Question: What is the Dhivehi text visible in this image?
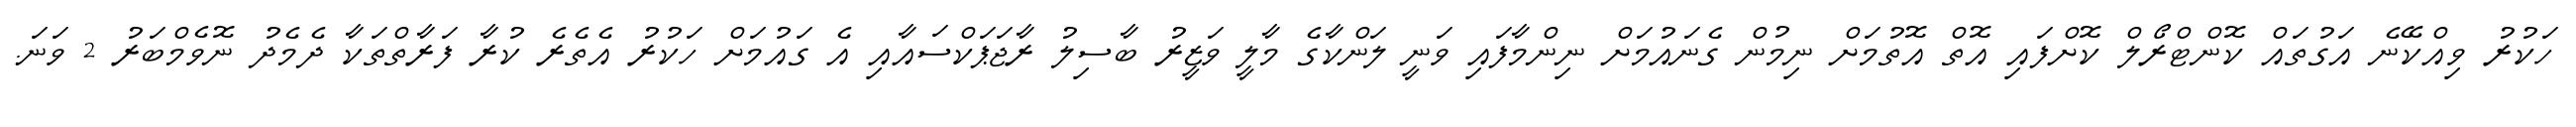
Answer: ހަކުރު ވިއްކޭނެ އަގުތައް ކޮންޓްރޯލް ކޮށްފައި އޮތް އޮތުމަށް ނިމުން ގެނައުމަށް ނިންމާފައި ވަނީ ލަންކާގެ މާލީ ވަޒީރު ބާސިލު ރާޖަޕަކްސައާއި އެ ގައުމަށް ހަކުރު އެތެރެ ކުރާ ފަރާތްތަކާ ދެމެދު ނޮވެމްބަރު 2 ވަނަ.